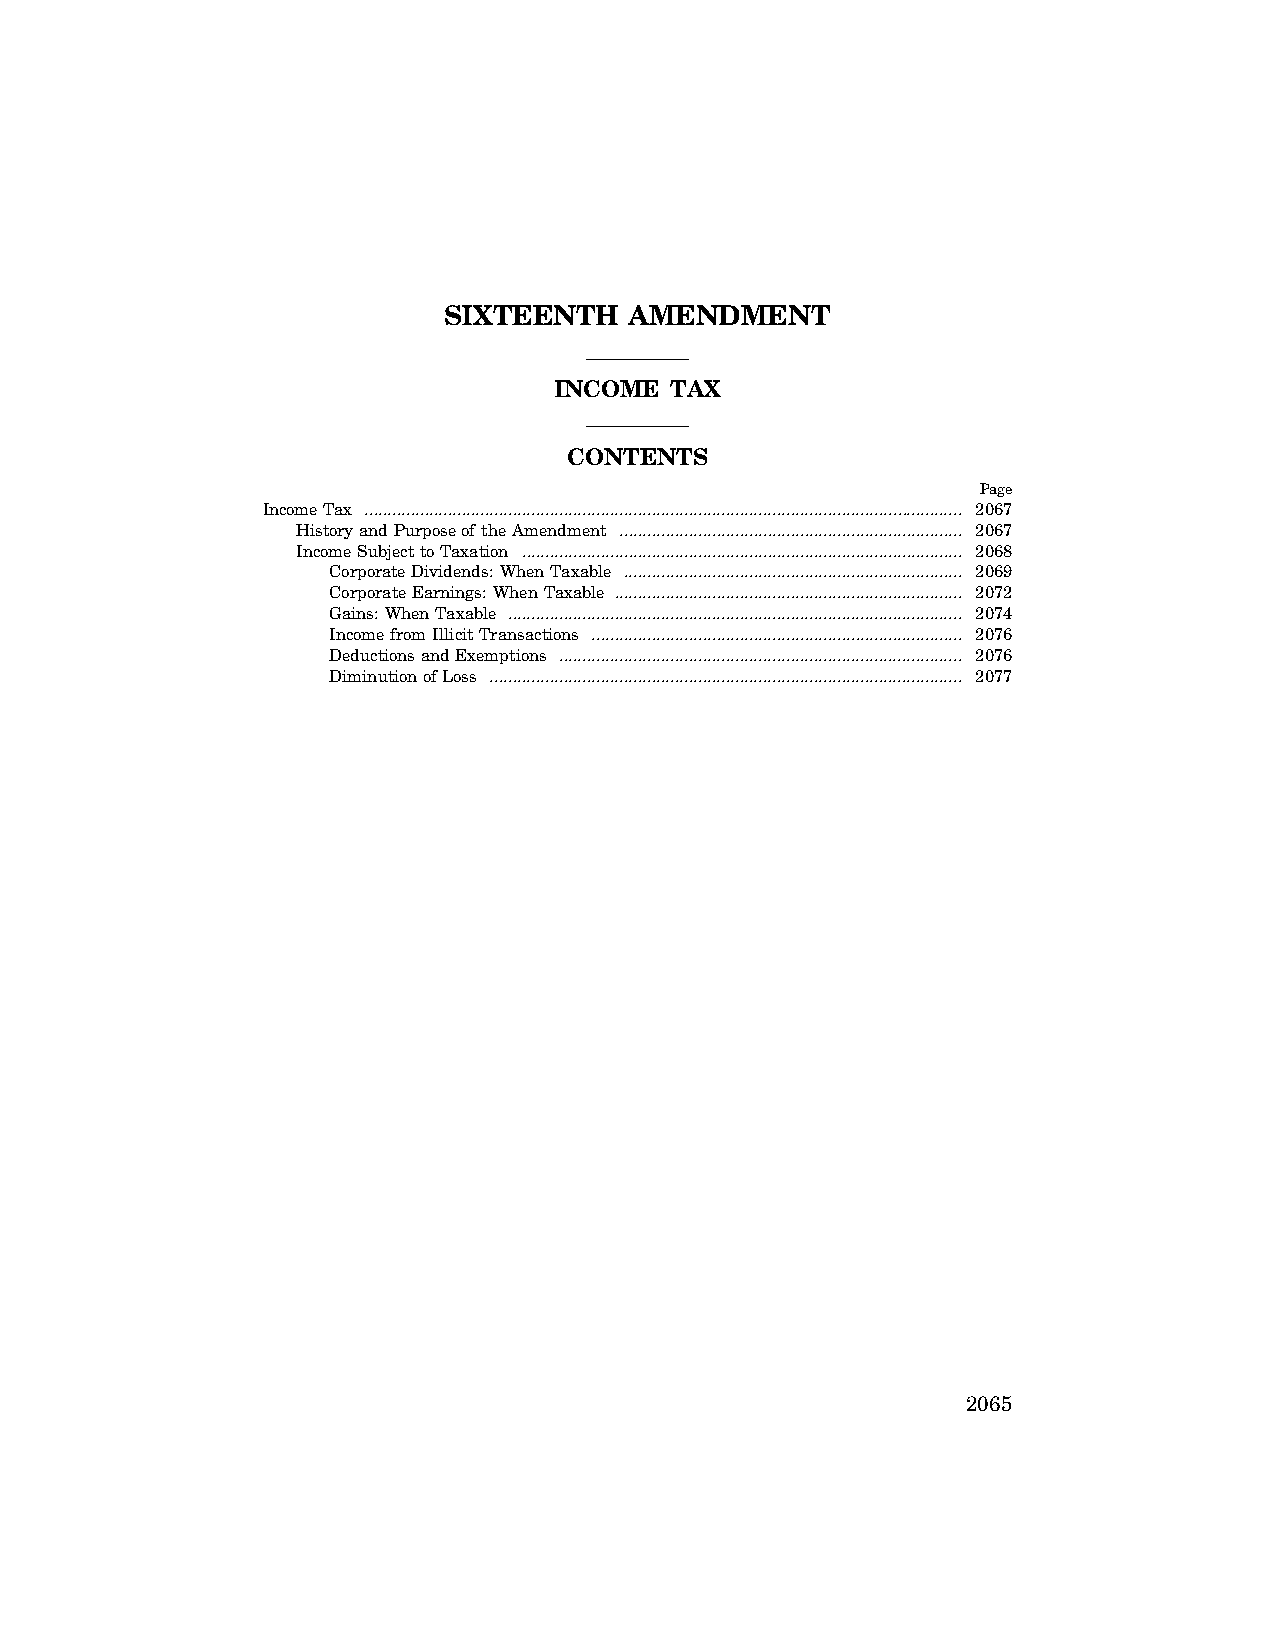
SIXTEENTH    AMENDMENT
 INCOME TAX
 CONTENTS
 Page
 Income Tax ................................................................................................................................. 2067
 History and Purpose of the Amendment .......................................................................... 2067
 Income Subject to Taxation ............................................................................................... 2068
 Corporate Dividends: When Taxable ......................................................................... 2069
 Corporate Earnings: When Taxable ........................................................................... 2072
 Gains: When Taxable .................................................................................................. 2074
 Income from Illicit Transactions ................................................................................ 2076
 Deductions and Exemptions ....................................................................................... 2076
 Diminution of Loss ...................................................................................................... 2077
 2065
 VerDate Apr 15 2004 11:09 Jun 28, 2004 Jkt 077500 PO 00000 Frm 00001 Fmt 8221 Sfmt 8221 C:\CONAN\CON049.XXX PRFM99 PsN: CON049